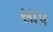
સાપ